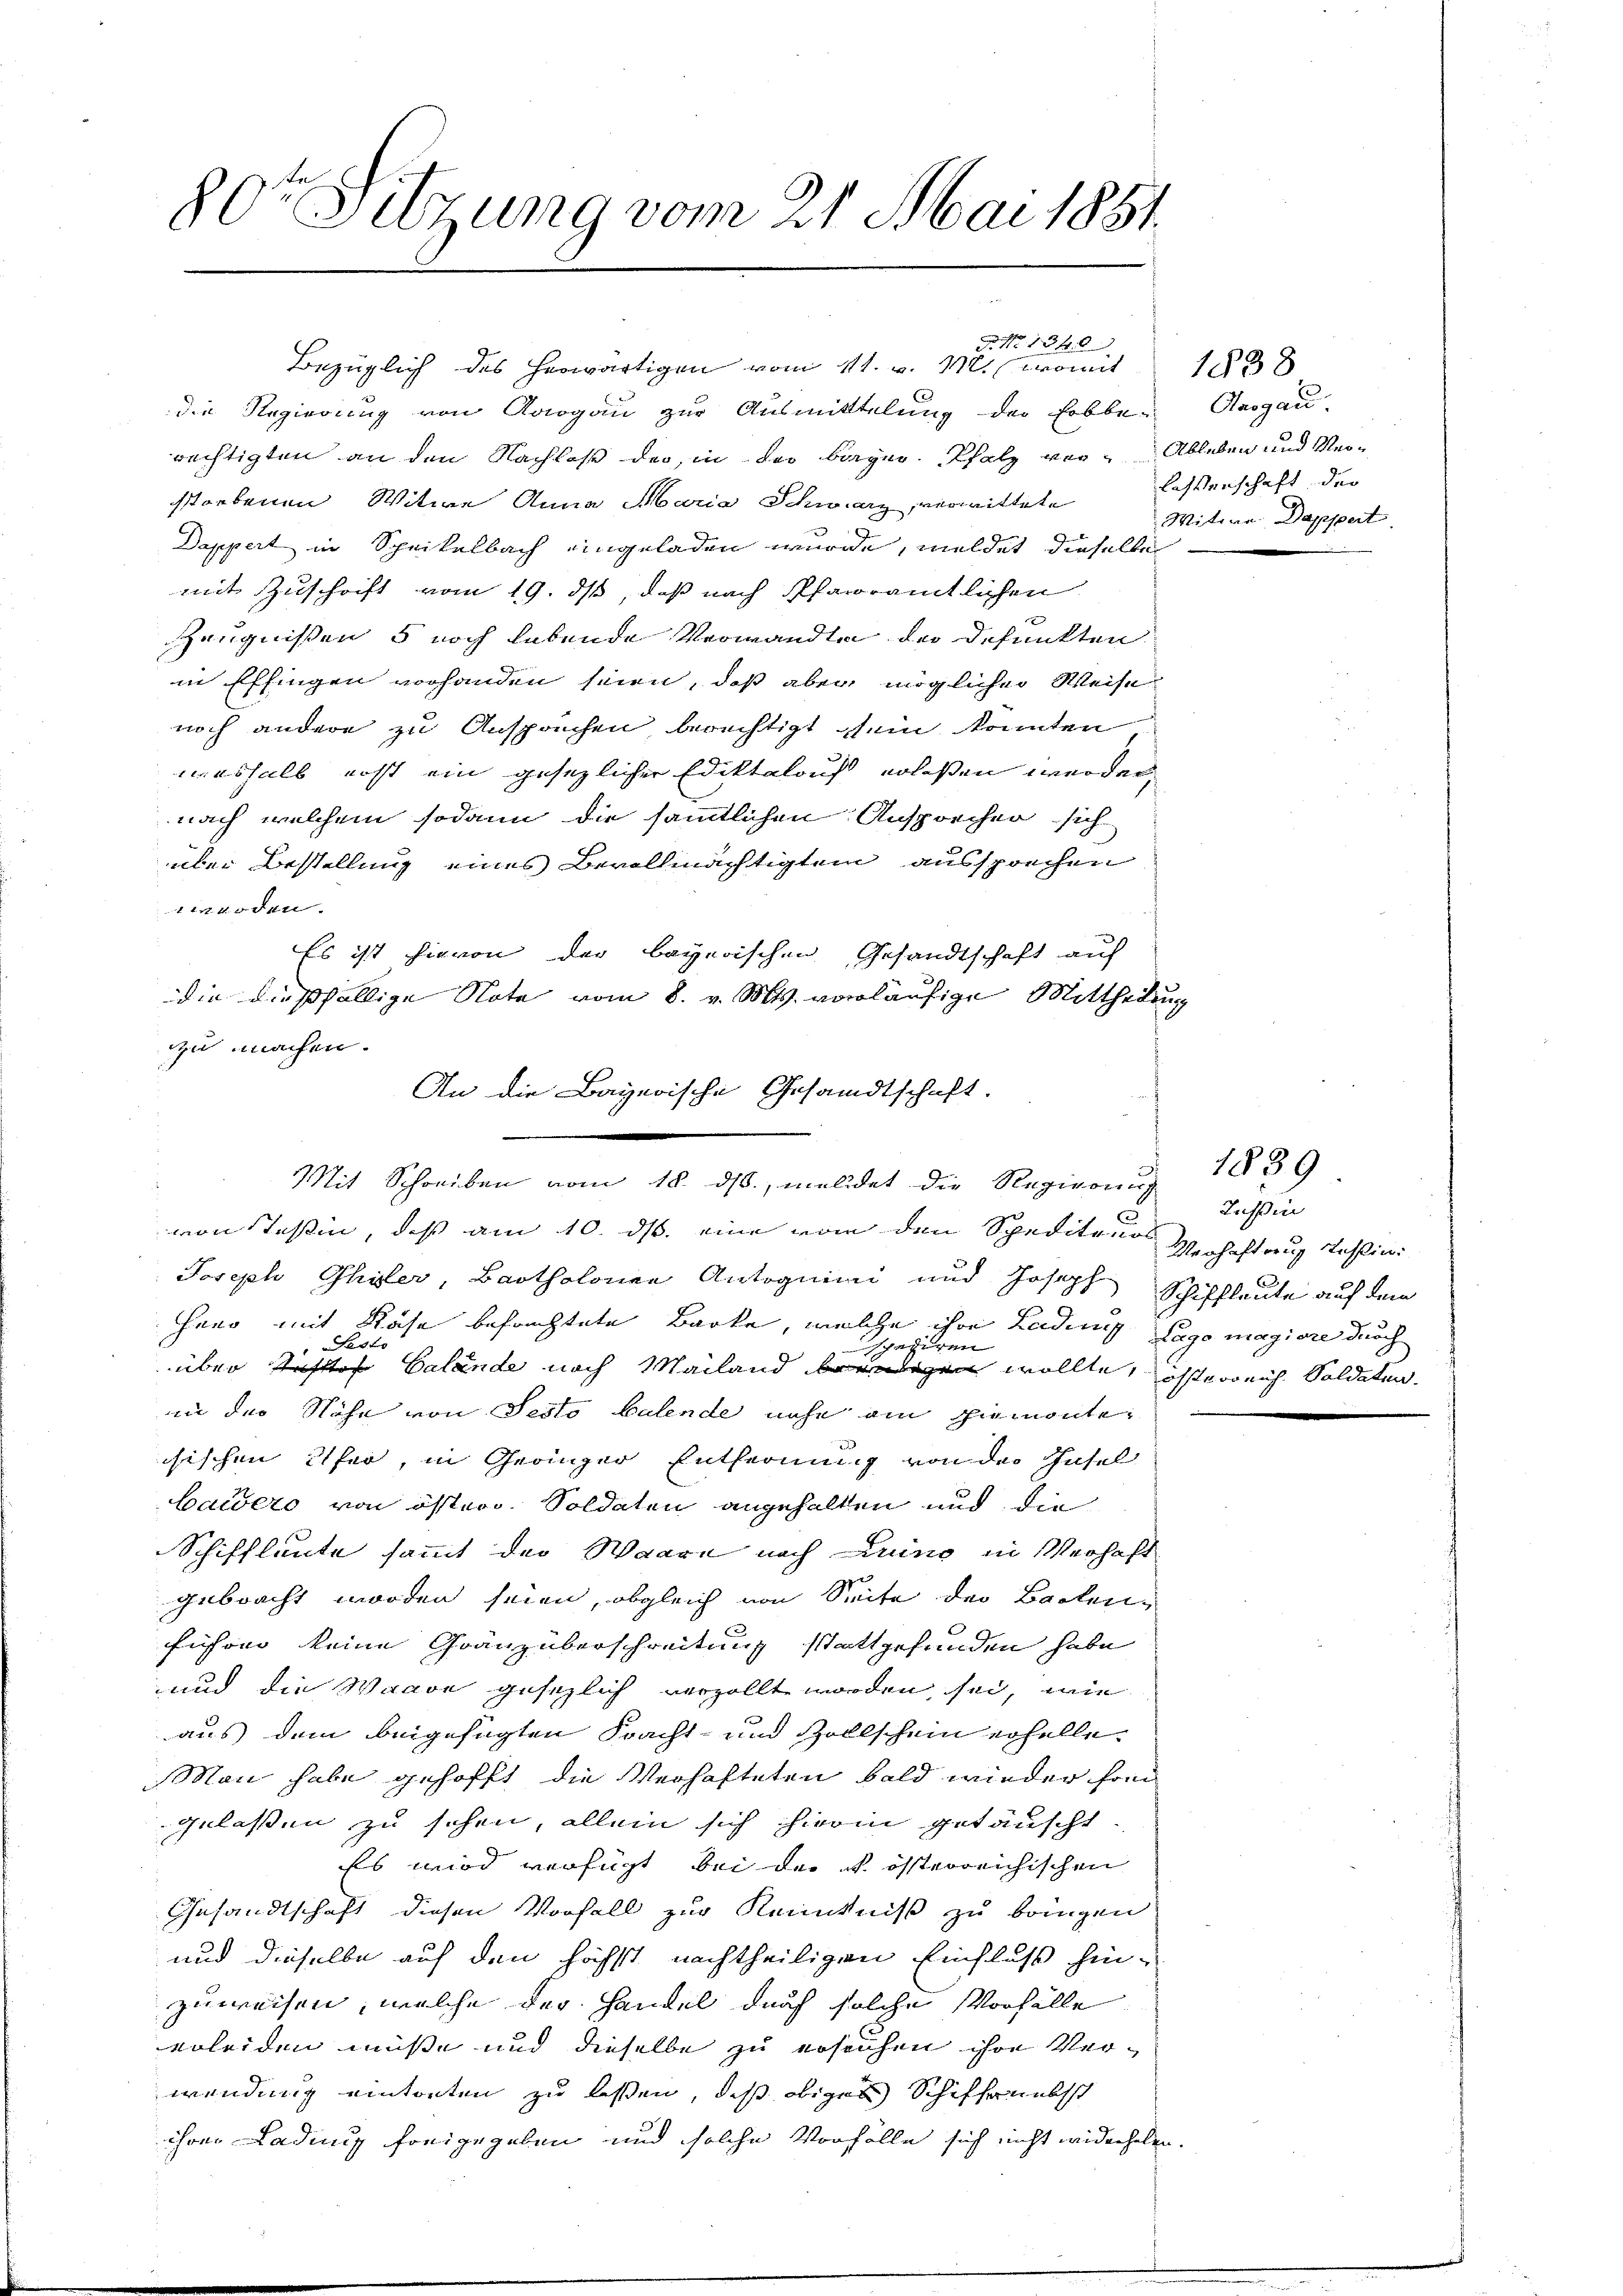
80te Sitzung vom 21. Mai 1881.

Bezüglich des herwärtigen vom 11. v. M. womit
die Regierung von Aargau zur Ausmittelung der Erbbe-Ausgau-
rechtigten an den Nachlaß der in der bürger Pfalz vor-
storbenen Witwe Anna Maria Schwarz, verwittete lassenschaft der
Dappert in Speikelbach eingeladen wurde, meldet dieselbe
mit Zuschrift vom 19. ds, daß nach Pfarramtlichen
Zeugnissens noch lebende Verwandten der defunkten
in Effingen vorhanden seien, daß aber möglicher Weise
noch andere zu Ansprüchen berechtigt sein konnten
weshalb erst ein gesezlicher Ediktalauf erlaßen werden,
nach welchem sodann die sämtlichen Ansprecher sich
über Bestellung eines Bevollmächtigten aussprechen
oden.
Es ist hievon der bayerischen Gesandtschaft auf
die dießfällige Note vom 8. v. Mts. vorläufige Mittheils
e
Joseph Ohler, Bartholonen Antoguini und Joseph
hero mit Röse befruchtete Barke, welche ihre Laden Lago magiore durch
at
ezigen
über Justos Calande nach Mailand beendigen wollte,
in der Nähe von Testo balende nicht ain hiemontechischen Eifer, in Geringer Entfernung von der Insel
baidero von öster Soldaten angehalten und die
Schiffleute sammt der Waare nach Druno in Verhaft
gebracht worden seien, obgleich von Seite der Backenführer keine Gränzüberschreitung stattgefunden habe
und die Waare gesezlich verzollt worden sei, wie
aus dem beigefügten Fracht- und Zollschein erhelle
Man habe gehofft die Verhafteten bald wieder fran
gelassen zu schen, allein sich hierin getäuscht.
Es wird verfügt bei der k. österreichischen
Gesandtschaft diesen Vorfall zur Kenntniß zu bringen
und dieselbe auf den höchst nachtheiligen Einfluß hin-
zuweisen, welche der Handel durch solche Vorfälle
erleiden müsse und dieselbe zu ersuchen ihre Verwendung eintorten zu lassen, daß obiges Schiffenebst
ihrer Ladinis freigegeben und solche Vorfälle sich nicht widerhole

G. No. 1340

zu machen.
An die Bayerische Gesandtschaft.
Mit Schreiben vom 18. ds., meldet die Regierung 1839

von Tessin, daß am 10. ds. eine von den Speditano¬

1838
Ableben und Ver¬
Witwe Dappert

fn.

1

Tessin
Merhaftrug Tessin:
Schiffleute auf dem
öchsterreich Soldaten.